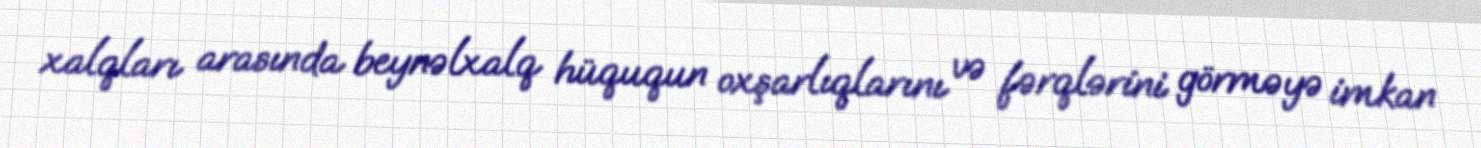
xalqları arasında beynəlxalq hüququn oxşarlıqlarını və fərqlərini görməyə imkan